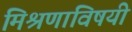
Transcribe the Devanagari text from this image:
मिश्रणाविषयी